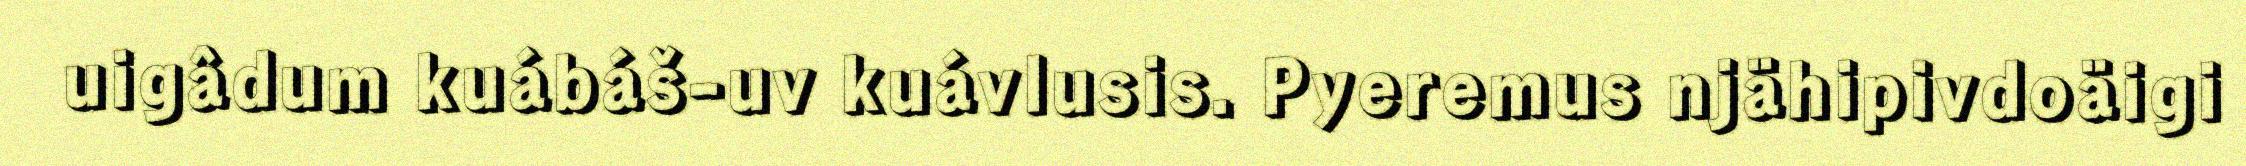
uigâdum kuábáš-uv kuávlusis. Pyeremus njähipivdoäigi